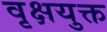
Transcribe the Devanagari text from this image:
वृक्षयुक्त